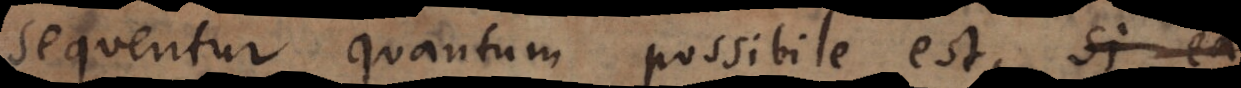
sequentur quantum possibile est, si ea